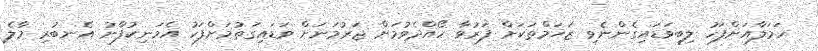
ހަމަލާއަށްފަހު ލިބިވަޑައިގެންނެވި ޒަޚަމްތަކަށް ފަރުވާ ހޯއްދެވުމަށް ޖަރުމަނަށް ވަޑައިގަތުމަށްފަހު އެމަނިކުފާނު އެނބުރި މާލެ